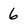
Character: 6